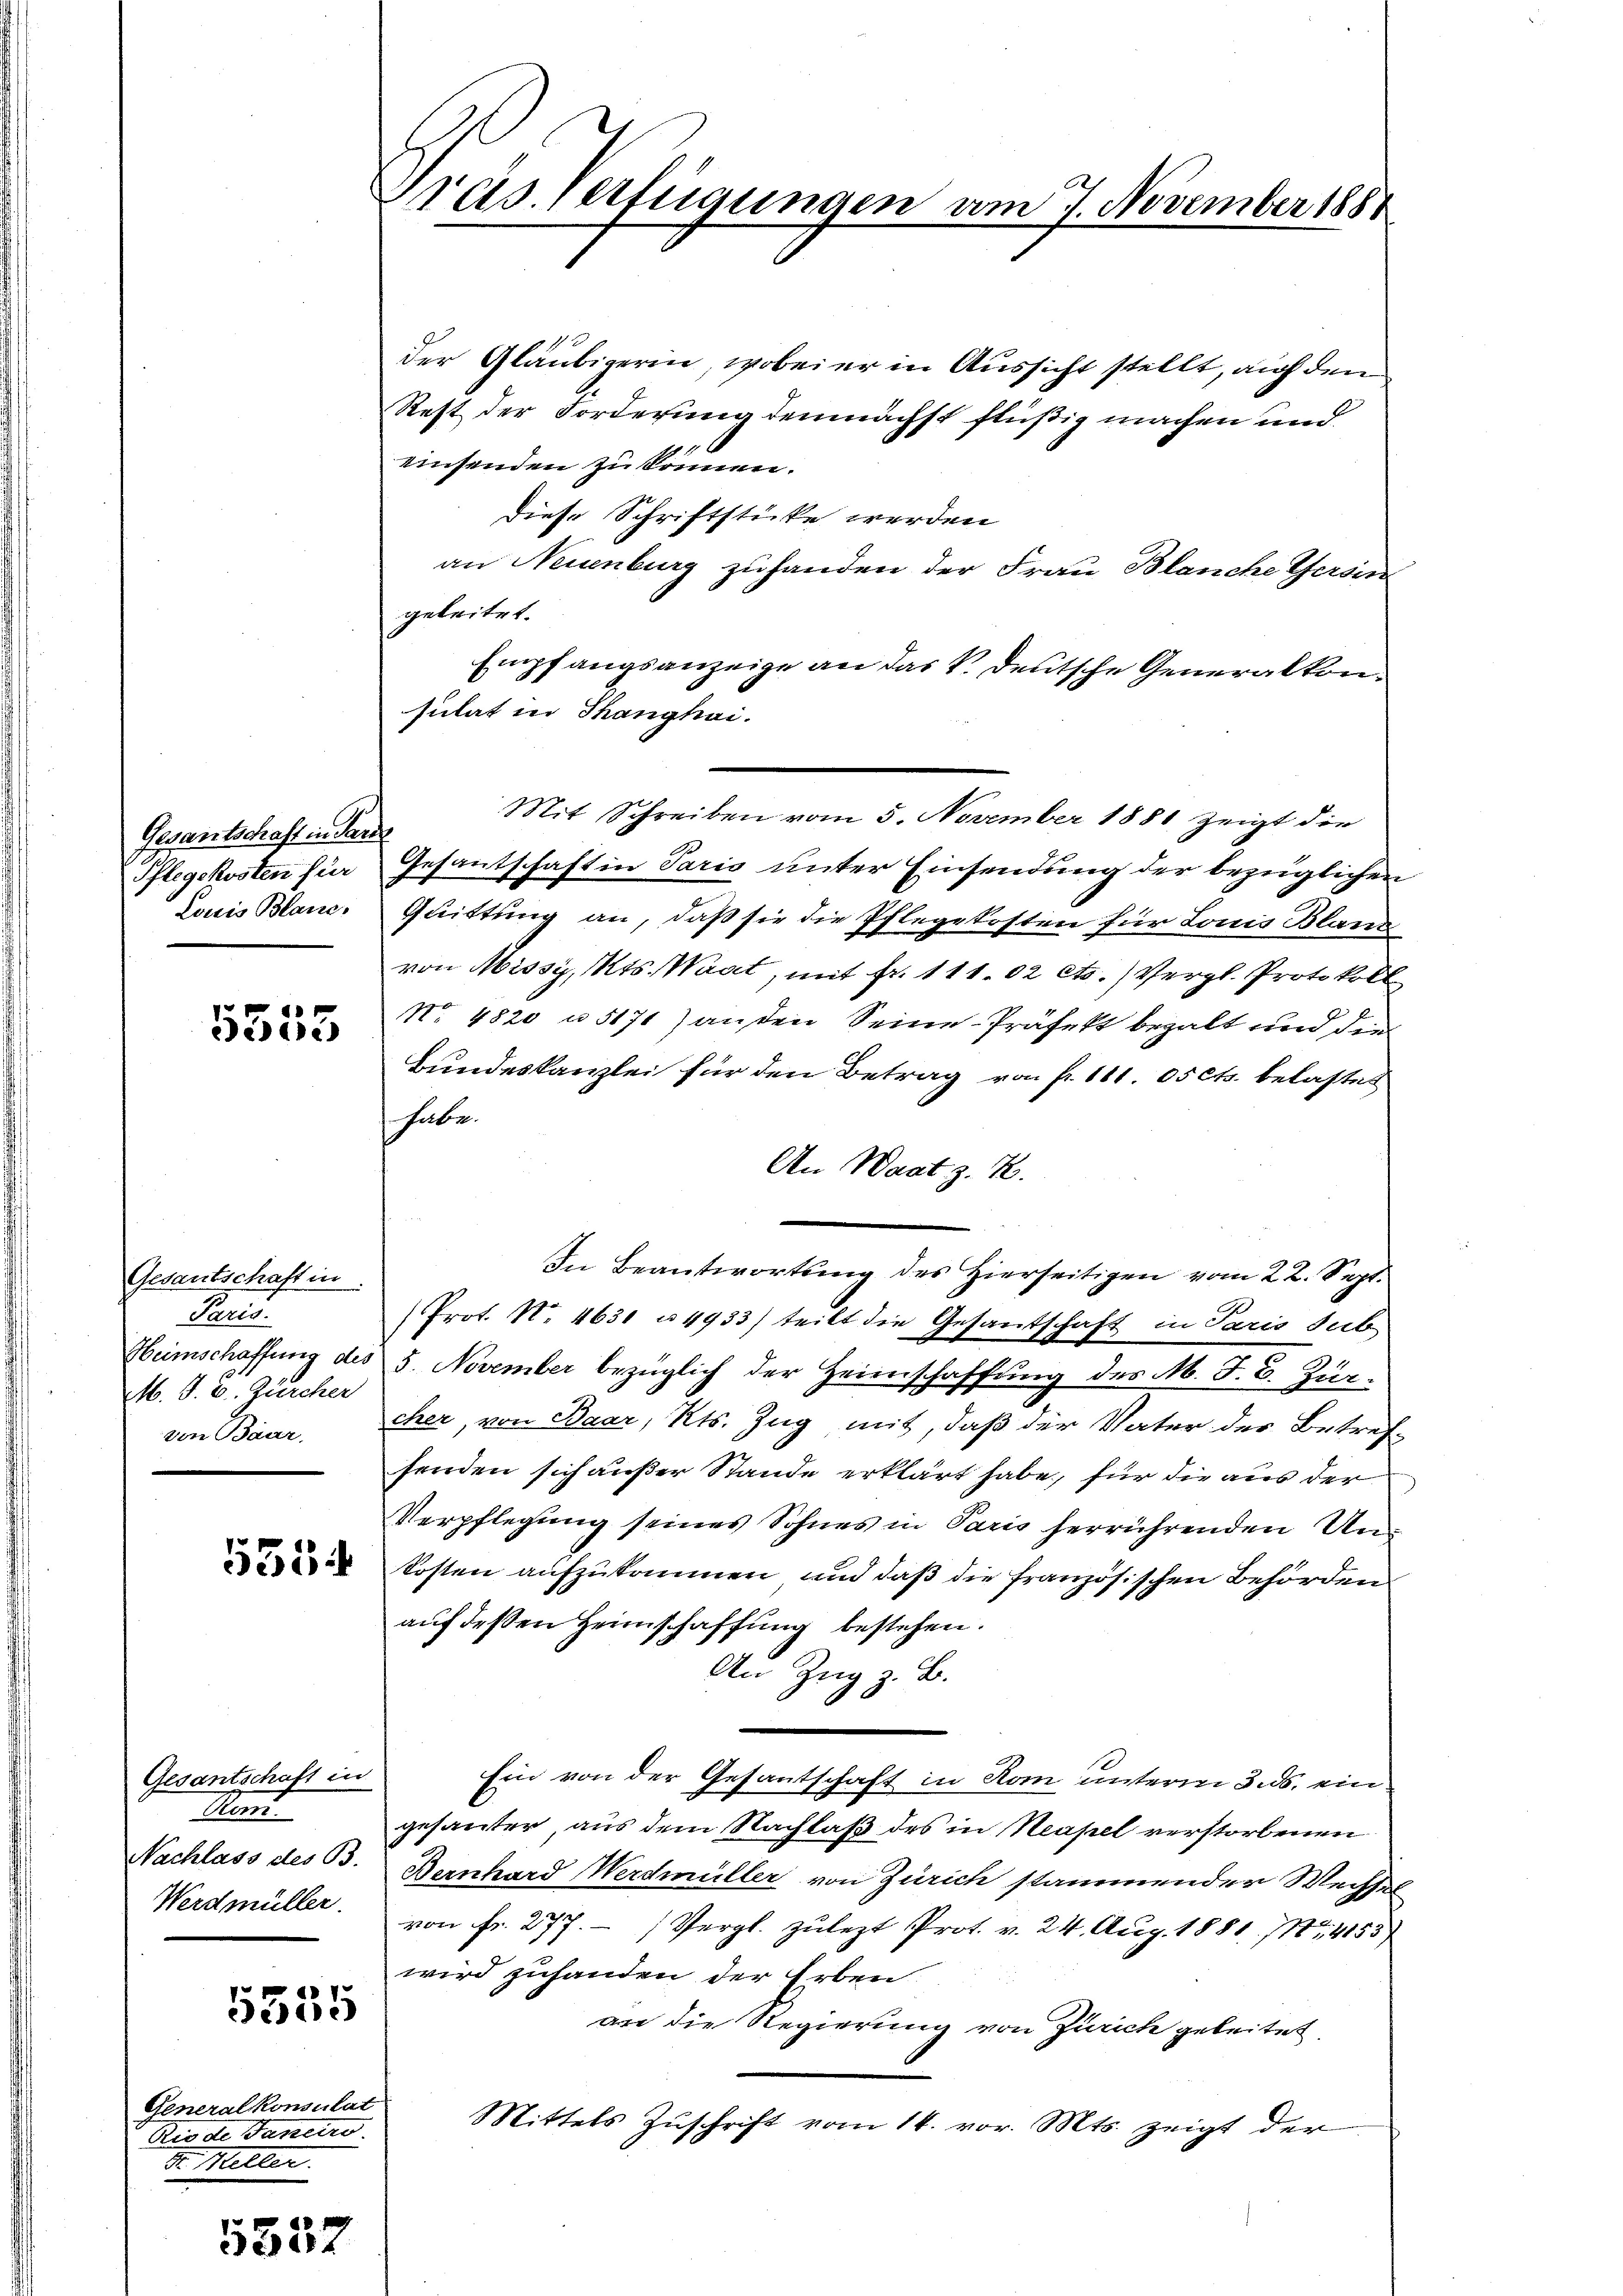
Gesantschaft in Par
Pflegekosten für
Louis Blanc,

5555

Gesantschaft in
Paris.
M. D. B. Zürcher
von Baar,

Gesantschaft in
Rat
Nachlass des B.
Werdmüller.

5335

Generalkonsulat
Rio de Janeiro
Dr. Metter.

5552

Präs. Verfügungen vom 7. November 1881

der Gläubigerin, wobei er in Aussicht stellt, auf den
Rest der Forderung demnächst flüßig machen und
einsenden zu können.
diese Schriftstücke werden
an Neuenburg zu handen der Frau Blanche Gersin
geleitet.
Empfangsanzeige an das V. deutsche Generalkonsulat in Thanghai.
Mit Schreiben vom 5. November 1881 zeigt die
Gesantschaft in Paris unter Einsendung der bezüglichen
Quittung an, daß sie die Pflegekosten für Louis Blanz
von Missy, Mts. Waat, mit fr. 111.02 cts. Vergl. Protokoll
No. 4820 u. 5171) anden Seine Präfekt bezalt und den
Bundeskanzlei für den Betrag von fr. 101. 05 cts. belastet
habe.
An Waat z. B.
In Beantwortung des hierseitigen vom 22. Sept.
Prot. N. 4631 u 4933) teilt die Gesandtschaft in Paris sub
Heimschaffung des 5. November bezüglich der Heimschaffung des M. J. B. Zürcher, von Baar, Kts. Zug mit, daß der Vater des Betref-
fenden sich außer Stande erklärt habe, für die aus der
Verpflegung seines Sohnes in Paris herrührenden Un¬
 Kosten aufzukommen, und daß die französischen Behörden
auf deßen Heimschaffung bestehen.
An Zug z. B.
Ein von der Gesantschaft in Rom unterm 3. ds. ein
gehäuter, aus dem Nachlaß des in Neapel verstorbenen
Bernhard Werdmüller von Zürich stammender Wechsel
von Fr. 277. (Vergl. zulezt Prot. v. 24. Aug. 1881. 11, 4153
wird zuhanden der Erben.
an die Regierung von Zürich geleitet,
Mittels Zuschrift vom 14. vor. Mts. zeigt der